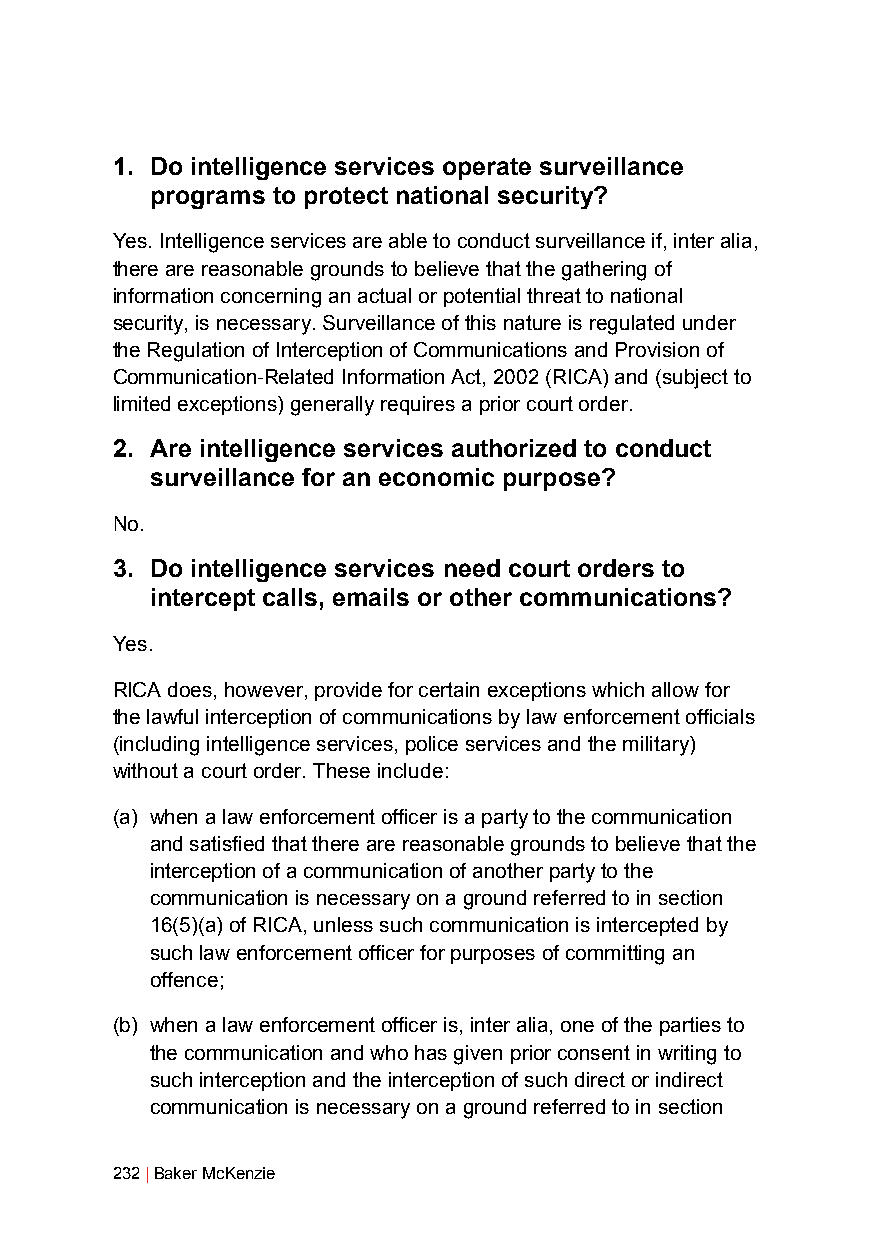
1. Do intelligence services operate surveillance
 programs to protect national security?
 Yes. Intelligence services are able to conduct surveillance if, inter alia,
 there are reasonable grounds to believe that the gathering of
 information concerning an actual or potential threat to national
 security, is necessary. Surveillance of this nature is regulated under
 the Regulation of Interception of Communications and Provision of
 Communication-Related Information Act, 2002 (RICA) and (subject to
 limited exceptions) generally requires a prior court order.
 2. Are intelligence services authorized to conduct
 surveillance for an economic purpose?
 No.
 3. Do intelligence services need court orders to
 intercept calls, emails or other communications?
 Yes.
 RICA does, however, provide for certain exceptions which allow for
 the lawful interception of communications by law enforcement officials
 (including intelligence services, police services and the military)
 without a court order. These include:
 (a) when a law enforcement officer is a party to the communication
 and satisfied that there are reasonable grounds to believe that the
 interception of a communication of another party to the
 communication is necessary on a ground referred to in section
 16(5)(a) of RICA, unless such communication is intercepted by
 such law enforcement officer for purposes of committing an
 offence;
 (b) when a law enforcement officer is, inter alia, one of the parties to
 the communication and who has given prior consent in writing to
 such interception and the interception of such direct or indirect
 communication is necessary on a ground referred to in section
 232 | Baker McKenzie